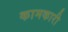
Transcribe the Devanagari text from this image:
कामकारी